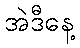
အဲဒီနေ့